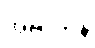
အဲဗာတန်